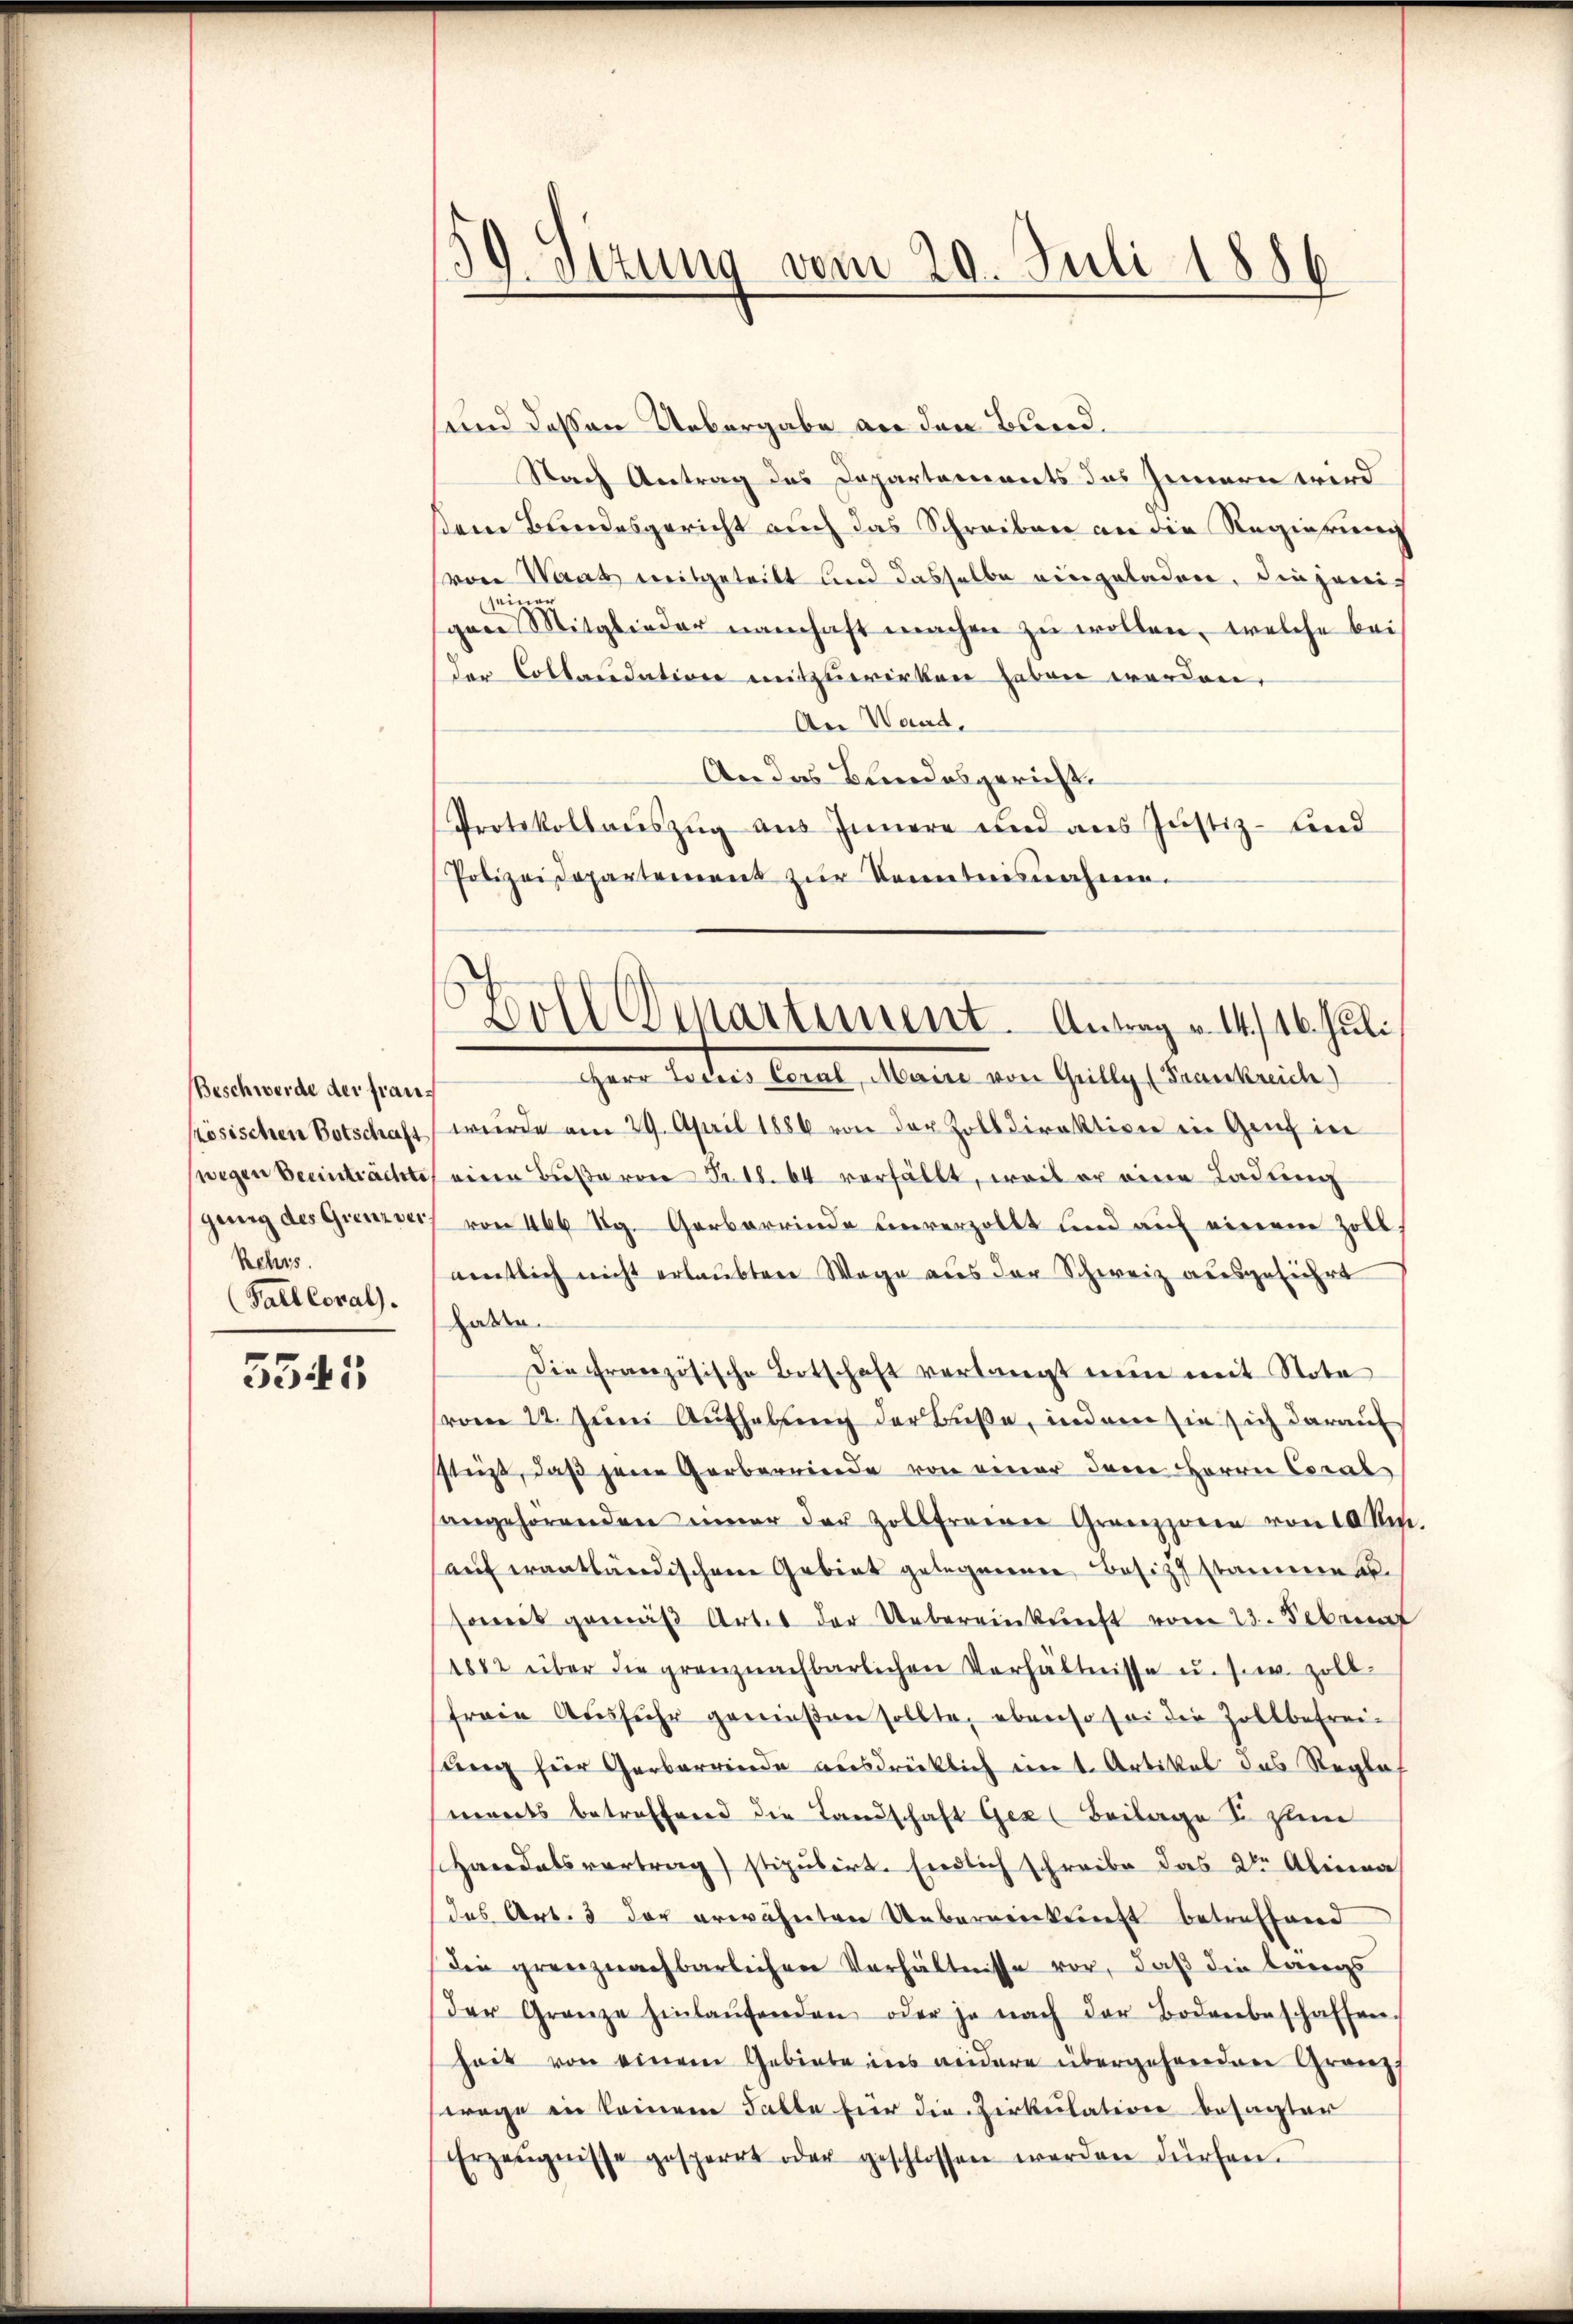
Beschwerde der fran¬
Rehrs.
(Fall Coral.

5545

i
Sttung vom 20. Juli 1886

und dessen Uebergabe an den Bund.
Nach Antrag des Departements das Innern wird
kein Brandesgericht auch das Schreiben an die Regierung
(von Waat ereitgeteilt und dasselbe eingeladen, diejeniseine
gen Mitglieder namhaft machen zu wollen, welche bei
der Collaudation mitzuwirken haben werden,
An Wand,
An das Bundesgericht.
Protokollaŭszŭg aŭs Innere und aus Justiz- und
Polizeidepartement zur Kenntnisnahme.
oher later Leutet, Murter von Gully Frankreiche
Kösischen Botschaft wurde am 29. April 1886 von der Zolldirektion in Genf in
swegen Beeinträchte eine Buße von Fr. 18. 64 verfällt, weil er eine Ladung
gung des Grenzwei von 466 Kg. Garbarrinde unverzollt und auf einem Zollmentlich nicht erlaubten Wege aus der Schweiz ausgeführt
haben.
Die Französische Botschaft verlangt nun mit Stote
(vom 22. Jŭni Aufhebung der Buße, indem sie sich darauf
stüzt, daß jene Garbarriede von einer den Herrn Coral
sangehörenden inner der Zollfreien Grenzzoren von 10 Um
aufwantländischen Gebiet gelegenen Besitzt stammen.
soweit gemäβ Artes der Uebereinkunft vom 23. Februnt
1882 über die grenznachbarlichen Verhältnisse u. s. w. Zoll-
freie Aŭsführ genießen sollte, ebenso sei die Zollbefrei-
sung für Gerbarrende ausdrücklich ein 1. Artikel das Reglas
monts betreffend die Landschaft Gez (Beilage u. zum
Handelsvertrag) stipulirt. Endlich schreibe das 2ten Alina
das Art. 3 der erwähnten Uebernenkunft betreffend
Die grenznachbarlichen Verhältnisse vor, daß die langs
der Grenze hinlaŭfenden oder je nach der Bodenbeschaffen
heit von einem Gebiete ins andere übergehendene Gränz
wage in keinem Falle für die Zirkulation besagter
Erzeŭgnisse gesperrt oder geschlossen werden dürfen.

Boll Departiment. Antrag v. 4. 16. Juli